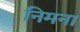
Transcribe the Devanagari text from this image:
निमना